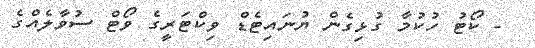
- ކޯޓު ހުކުމާ ގުޅިގެން ޔުނައިޓެޑް ވިކްޓަރީގެ ވޯޓް ސުވާލެއްގެ